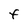
Character: F